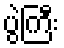
ပွဲကြီး